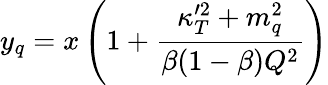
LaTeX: y_{q}=x\left(1+{\frac{\kappa_{T}^{\prime 2}+m_{q}^{2}}{\beta(1-\beta)Q^{2}}}\right)